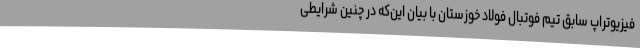
فیزیوتراپ سابق تیم فوتبال فولاد خوزستان با بیان این‌که در چنین شرایطی